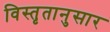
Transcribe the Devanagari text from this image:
विस्तृतानुसार